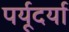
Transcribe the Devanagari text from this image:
पर्यूदर्या